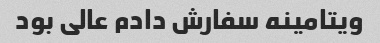
ویتامینه سفارش دادم عالی بود